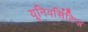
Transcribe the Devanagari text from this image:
यूनिवर्सिटिज़